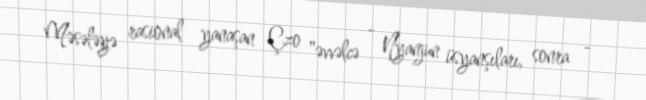
Məsələyə rasional yanaşan Çzo "əvvəlcə - Nyanjun üsyanşıları, sonra -